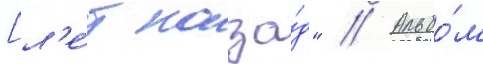
[л'е́т наза́д" // Альбо́м